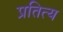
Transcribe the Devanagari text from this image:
प्रतित्य